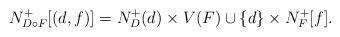
LaTeX: \begin{align*} N_{D\circ F}^+[(d,f)]=N_{D}^+(d)\times V(F) \cup \{d\}\times N_{F}^+[f]. \end{align*}